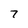
Character: 7